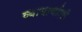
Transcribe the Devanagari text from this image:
व्यापार्याशी